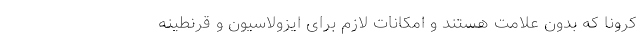
کرونا که بدون علامت هستند و امکانات لازم برای ایزولاسیون و قرنطینه